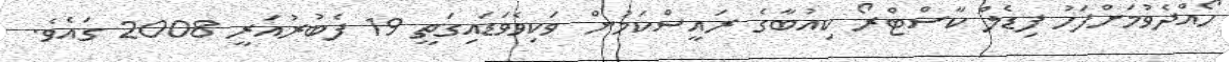
ހޯއްދެވުމަށްފަހު ފިޑެލް ކާސްޓްރޯ ކިއުބާގެ ރައީސްކަމުން ވަކިވެވަޑައިގަތީ 19 ފެބުރުއަރީ 2008 ގައެވެ.